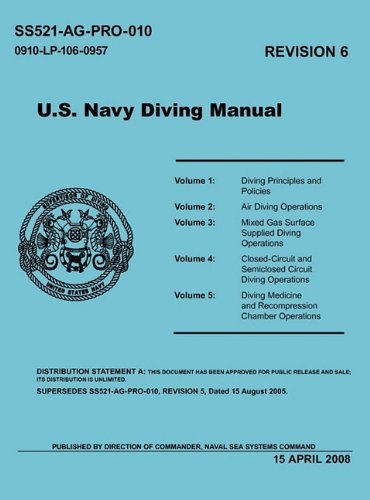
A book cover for U.S. Navy Diving Manual (Revision 6, April 2008); Naval Sea Systems Command; Sports & Outdoors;